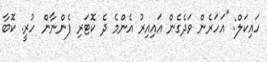
ހައިކަލް: "އަހަރެން ވަދެގެން އައިއިރު އެންމެ ދެ ކޮޓަރި ފެންނާން ހުރީ. ކޮބާ